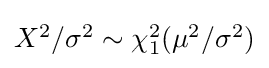
{\textstyle X^{2}/\sigma ^{2}\sim \chi _{1}^{2}(\mu ^{2}/\sigma ^{2})}